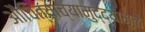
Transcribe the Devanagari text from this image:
औचित्याच्यामुद्द्यामुळे